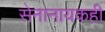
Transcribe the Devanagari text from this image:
सेनानायकही